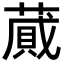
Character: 蕆